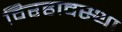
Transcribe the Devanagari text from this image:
विरहावस्था